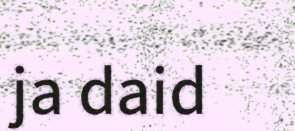
ja daid